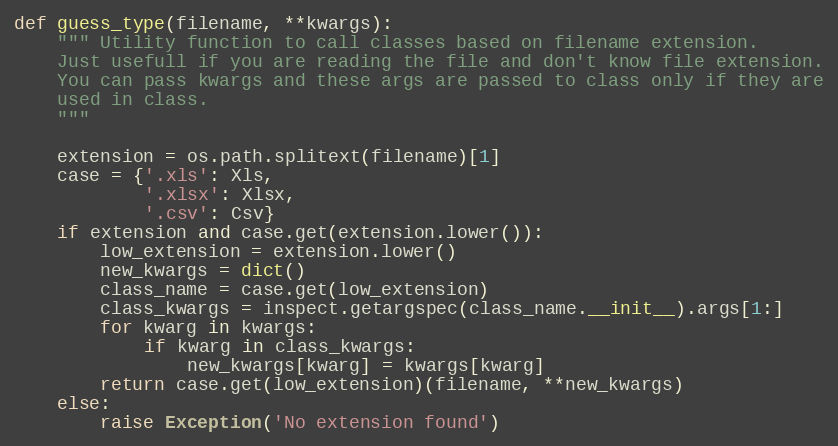
Language: Python
def guess_type(filename, **kwargs):
    """ Utility function to call classes based on filename extension.
    Just usefull if you are reading the file and don't know file extension.
    You can pass kwargs and these args are passed to class only if they are
    used in class.
    """

    extension = os.path.splitext(filename)[1]
    case = {'.xls': Xls,
            '.xlsx': Xlsx,
            '.csv': Csv}
    if extension and case.get(extension.lower()):
        low_extension = extension.lower()
        new_kwargs = dict()
        class_name = case.get(low_extension)
        class_kwargs = inspect.getargspec(class_name.__init__).args[1:]
        for kwarg in kwargs:
            if kwarg in class_kwargs:
                new_kwargs[kwarg] = kwargs[kwarg]
        return case.get(low_extension)(filename, **new_kwargs)
    else:
        raise Exception('No extension found')